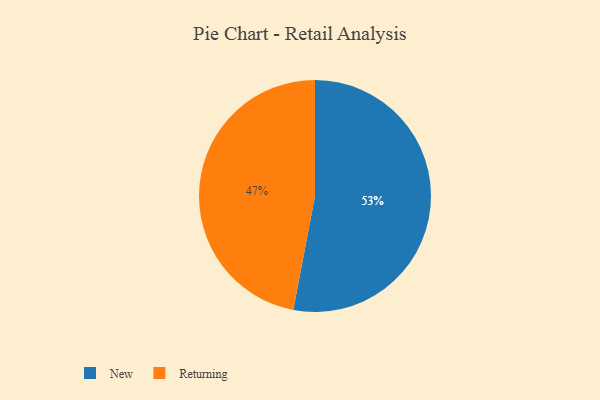
{"axis": {"x": "Category", "y": "Percentage"}, "legend": ["New", "Returning"], "data": [{"x": "New", "y": 53, "type": "New"}, {"x": "Returning", "y": 47, "type": "Returning"}]}